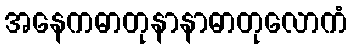
အနေကဓာတုနာနာဓာတုလောကံ